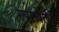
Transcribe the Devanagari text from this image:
स्पाघेटी